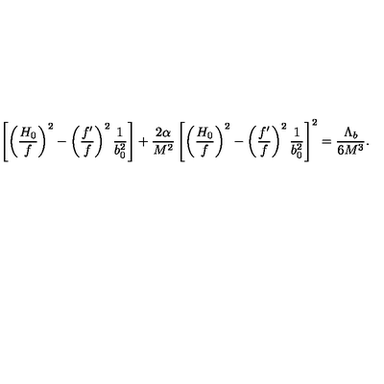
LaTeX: \left[ \left( \frac { H _ { 0 } } { f } \right) ^ { 2 } - \left( \frac { f ^ { \prime } } { f } \right) ^ { 2 } \frac { 1 } { b _ { 0 } ^ { 2 } } \right] + \frac { 2 \alpha } { M ^ { 2 } } \left[ \left( \frac { H _ { 0 } } { f } \right) ^ { 2 } - \left( \frac { f ^ { \prime } } { f } \right) ^ { 2 } \frac { 1 } { b _ { 0 } ^ { 2 } } \right] ^ { 2 } = \frac { \Lambda _ { b } } { 6 M ^ { 3 } } .